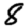
Digit: 8